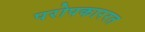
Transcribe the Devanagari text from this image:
परोपकाररत